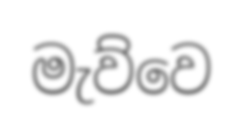
මැව්වෙ